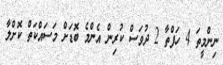
ނިންމީތަ 4 ހަފްތާ 2 ދުވަސް ކުރިން އެންމެ ބޮޑަށް މަސައްކަތް ކޮށްލާ